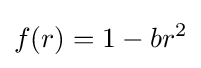
f(r)=1-br^{2}